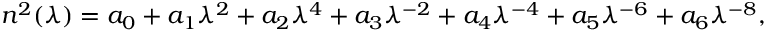
n ^ { 2 } ( \lambda ) = a _ { 0 } + a _ { 1 } \lambda ^ { 2 } + a _ { 2 } \lambda ^ { 4 } + a _ { 3 } \lambda ^ { - 2 } + a _ { 4 } \lambda ^ { - 4 } + a _ { 5 } \lambda ^ { - 6 } + a _ { 6 } \lambda ^ { - 8 } ,